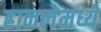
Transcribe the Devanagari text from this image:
हानलेमध्ये